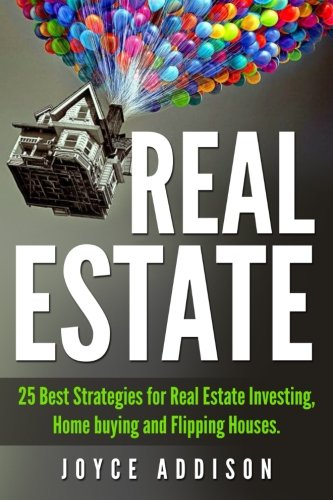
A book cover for Real Estate: 25 Best Strategies for Real Estate Investing, Home Buying and Flipping Houses; Joyce Addison; Business & Money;